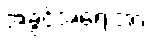
အခွင့်အရေးအား